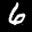
Digit: 6